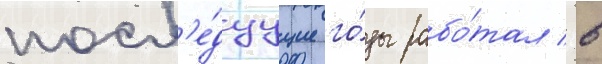
посл'е́дуущие го́ды рабо́тал в